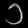
Digit: ၁